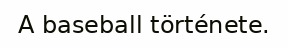
A baseball története.